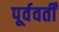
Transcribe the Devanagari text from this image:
पूर्ववर्तीं